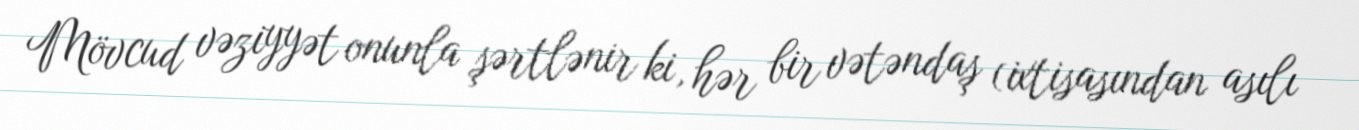
Mövcud vəziyyət onunla şərtlənir ki, hər bir vətəndaş (ixtisasından asılı